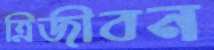
ত্রিজীবন